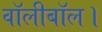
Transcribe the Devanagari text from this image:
वॉलीबॉल।